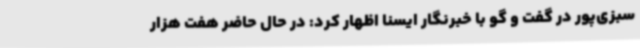
سبزی‌پور در گفت و گو با خبرنگار ایسنا اظهار کرد: در حال حاضر هفت هزار